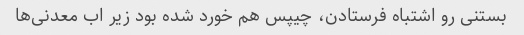
بستنی رو اشتباه فرستادن، چیپس هم خورد شده بود زیر اب معدنی‌ها